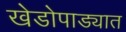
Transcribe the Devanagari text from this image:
खेडोपाड्यात